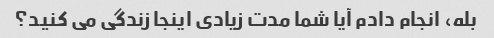
بله، انجام دادم آیا شما مدت زیادی اینجا زندگی می کنید؟